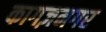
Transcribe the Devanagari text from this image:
कागज़नगर